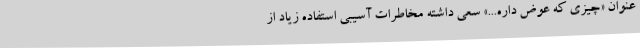
عنوان «چیزی که عوض داره...» سعی داشته مخاطرات آسیبی استفاده زیاد از